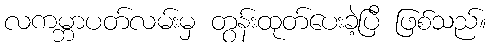
လကမ္ဘာပတ်လမ်းမှ တွန်းထုတ်ပေးခဲ့ပြီ ဖြစ်သည်။